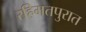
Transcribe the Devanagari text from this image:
रहिमतपुरात